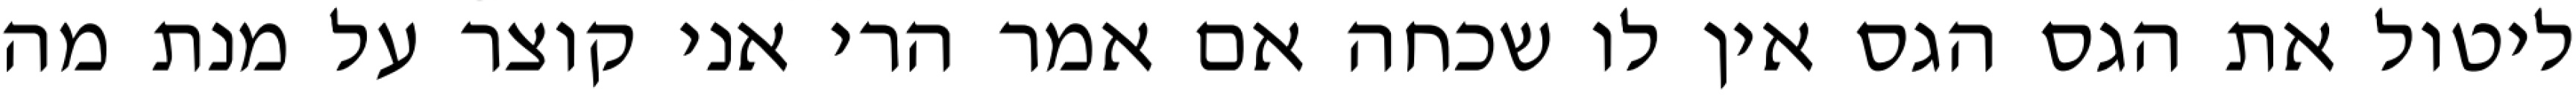
ליטול את הגס הגס אין לו שכחה אם אמר הרי אני קוצר על מנת מה